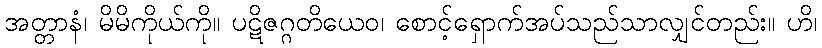
အတ္တာနံ၊ မိမိကိုယ်ကို။ ပဋိဇဂ္ဂတိယေဝ၊ စောင့်ရှောက်အပ်သည်သာလျှင်တည်း။ ဟိ၊